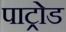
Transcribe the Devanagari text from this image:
पाट्रोड